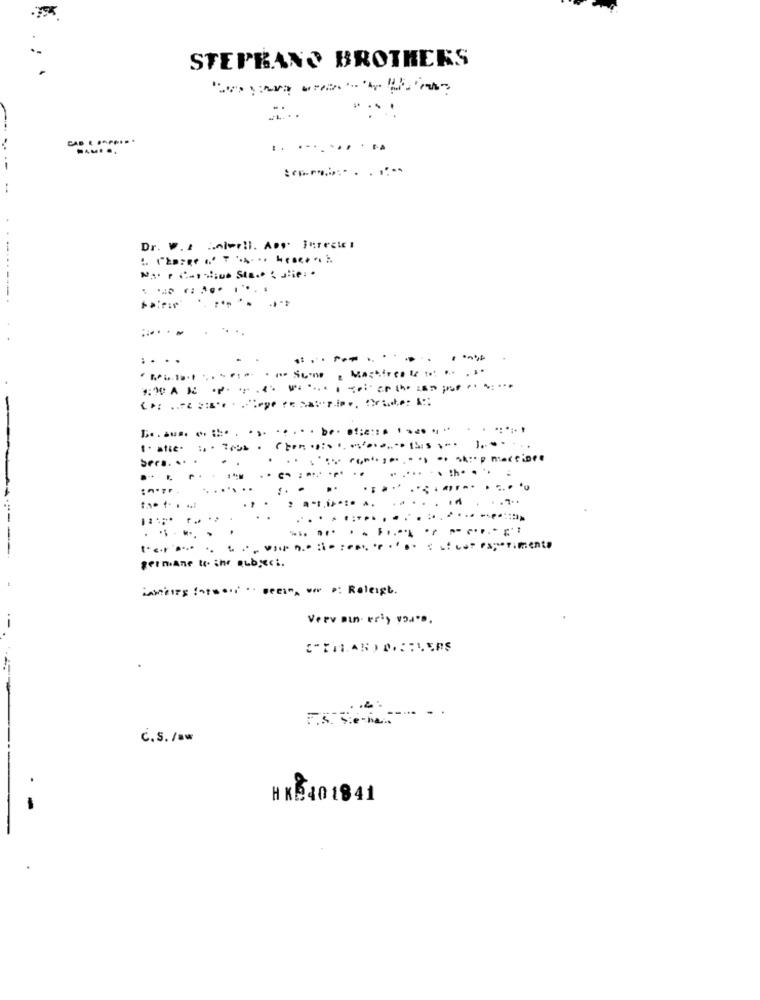
STEPBANO BROTHERS
.. ...........
Dr. V.A Colwell. Ass. Jurecte:
Ma r $-ostiue Stas : alie: .
:30 AN
.........
(her.)
Ser .. .
1.
......... . ....
.....
..
........
----
... ...
t.c.r ...
germane te ihr aubyeci.
inmerry forward .. seein, wer D: Releigt.
Verv min- eriy voa".
C.S. /aw
H KB40 1841
-